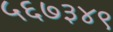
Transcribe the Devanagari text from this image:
५६७३४९